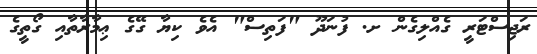
ރަޖިސްޓަރީ ގެއްލިގެން ށ. ފުނަދޫ "ފަތިސް" އެވެ ކިޔާ ގޭގެ ޢިމާރާތާއި ގޯތީގެ